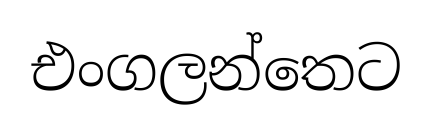
එංගලන්තෙට